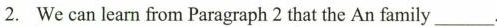
2. We can learn from Paragraph 2 that the An family___.